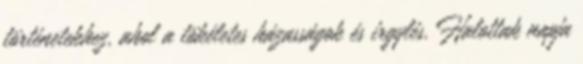
történetekhez, ahol a tökéletes házasságok és irgylés. Halottak napja